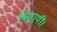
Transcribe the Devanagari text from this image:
बितायीं।